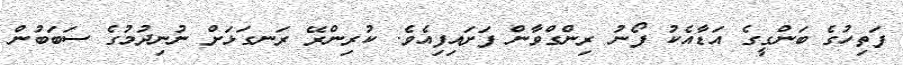
ފަތިހުގެ ބަންގީގެ އަޑާއެކު ފޯނު ރިންގްވާން ފަށައިފިއެވެ. ކުރިންރޭ ރަނގަޅަށް ނުނިދުމުގެ ސަބަބުން